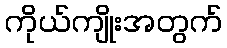
ကိုယ်ကျိုးအတွက်